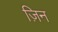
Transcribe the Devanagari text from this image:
ज़िन